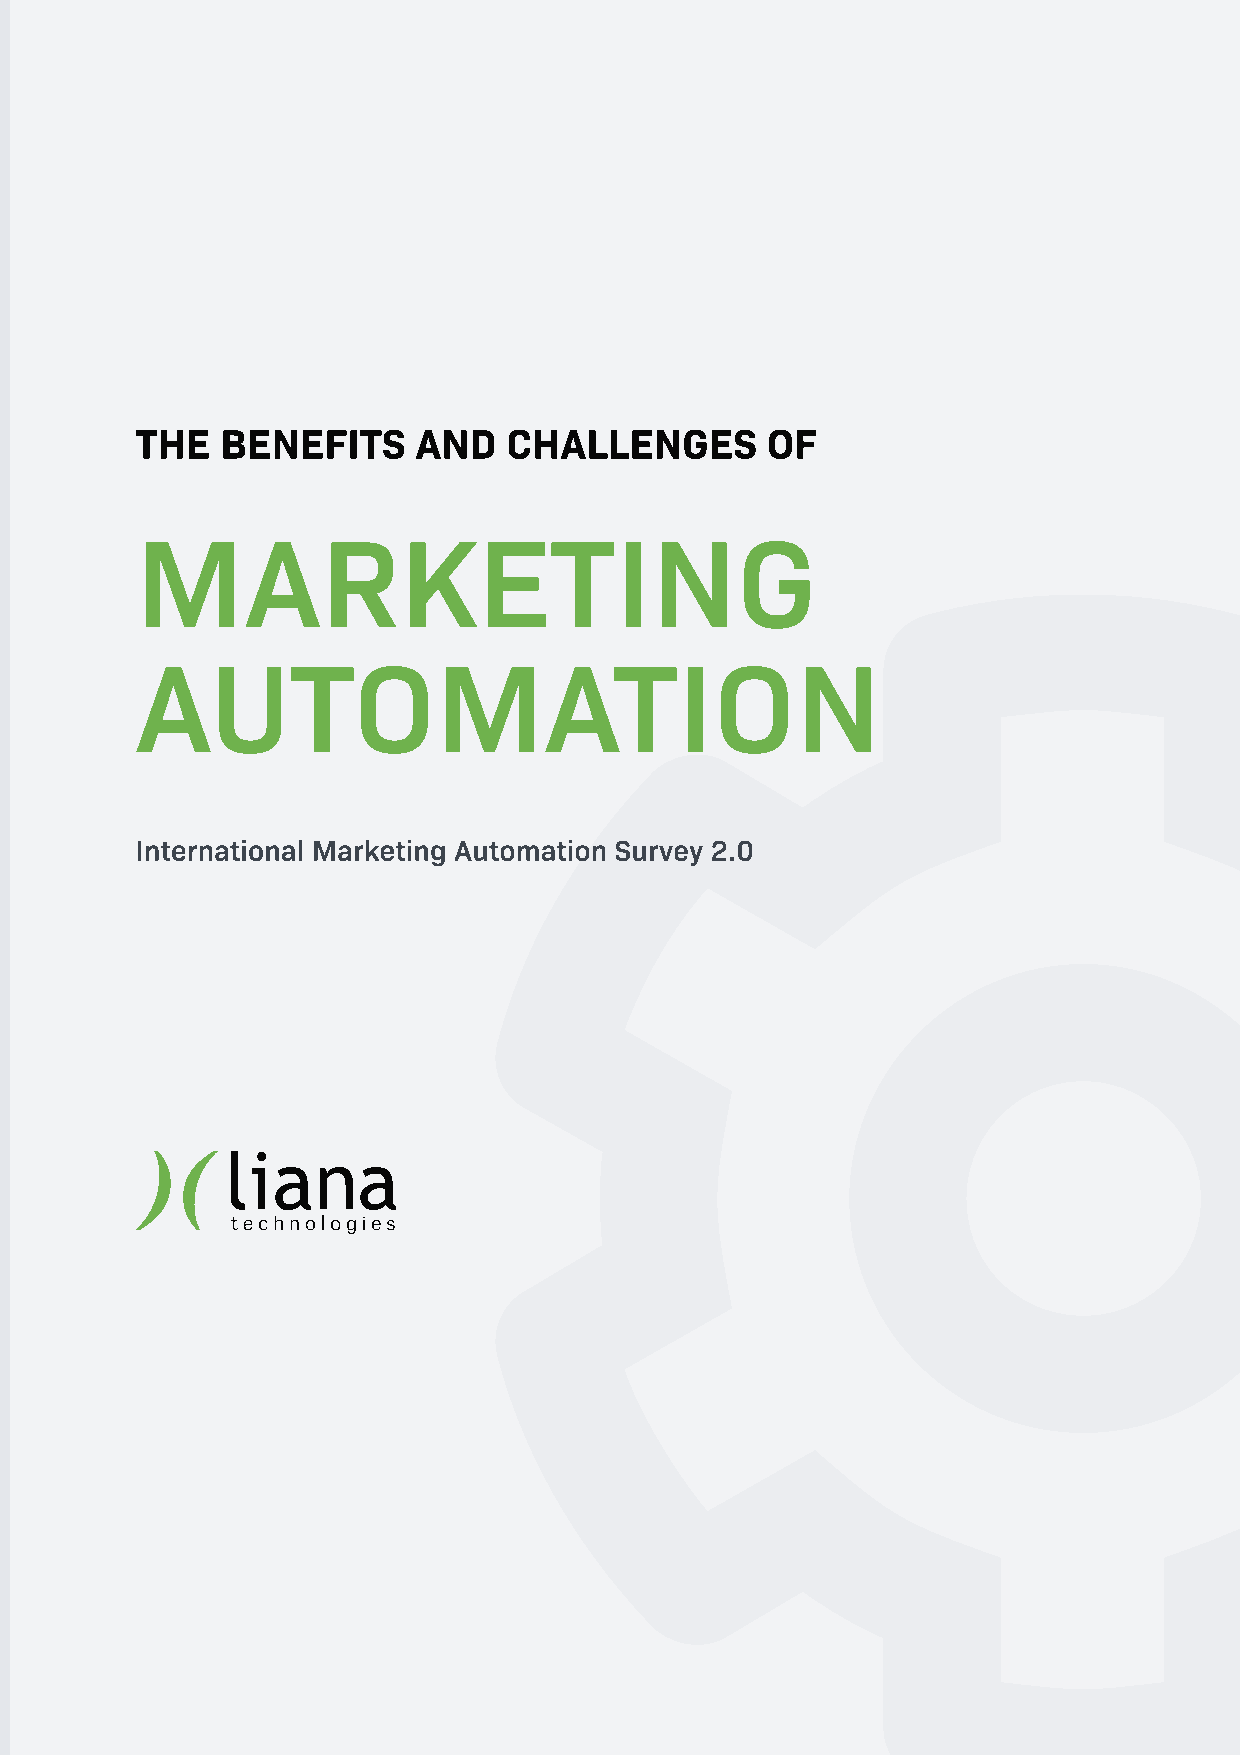
THE   BENEFITS     AND  CHALLENGES       OF
 MARKETING
 AUTOMATION
 International Marketing Automation Survey 2.0